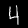
Label: 4